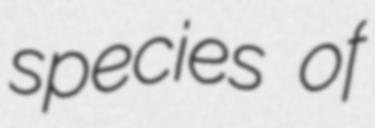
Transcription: species of